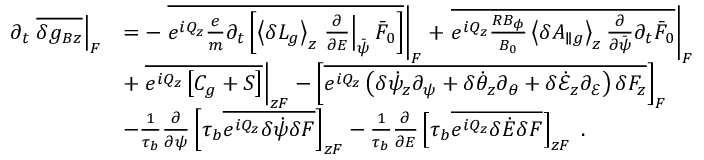
\begin{array} { r l } { \partial _ { t } \left. \overline { { \delta g _ { B z } } } \right| _ { F } } & { = - \left. \overline { { e ^ { i Q _ { z } } \frac { e } { m } \partial _ { t } \left[ \left\langle \delta L _ { g } \right\rangle _ { z } \left. \frac { \partial } { \partial { \cal E } } \right| _ { \bar { \psi } } \bar { F } _ { 0 } \right] } } \right| _ { F } + \left. \overline { { e ^ { i Q _ { z } } \frac { R B _ { \phi } } { B _ { 0 } } \left\langle \delta A _ { \parallel g } \right\rangle _ { z } \frac { \partial } { \partial \bar { \psi } } \partial _ { t } \bar { F } _ { 0 } } } \right| _ { F } } \\ & { + \left. \overline { { e ^ { i Q _ { z } } \left[ C _ { g } + { \cal S } \right] } } \right| _ { z F } - \left[ \overline { { e ^ { i Q _ { z } } \left( \delta \dot { \psi } _ { z } \partial _ { \psi } + \delta \dot { \theta } _ { z } \partial _ { \theta } + \delta \dot { \mathcal { E } } _ { z } \partial _ { \mathcal { E } } \right) \delta F _ { z } } } \right] _ { F } } \\ & { - \frac { 1 } { \tau _ { b } } \frac { \partial } { \partial \psi } \left[ \tau _ { b } \overline { { e ^ { i Q _ { z } } \delta \dot { \psi } \delta F } } \right] _ { z F } - \frac { 1 } { \tau _ { b } } \frac { \partial } { \partial { \cal E } } \left[ \tau _ { b } \overline { { e ^ { i Q _ { z } } \delta \dot { \cal E } \delta F } } \right] _ { z F } \; . } \end{array}